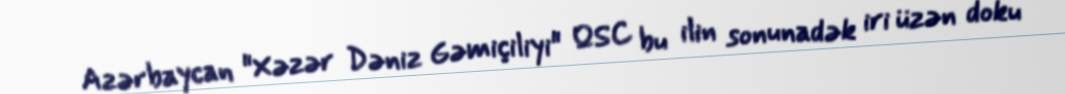
Azərbaycan "Xəzər Dəniz Gəmiçiliyi" QSC bu ilin sonunadək iri üzən doku